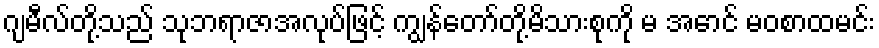
ဂျမီလ်တို့သည် သုဘရာဇာအလုပ်ဖြင့် ကျွန်တော်တို့မိသားစုကို မ အောင် မဝစာထမင်း